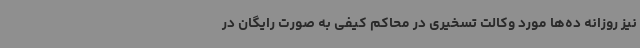
نیز روزانه ده‌ها مورد وکالت تسخیری در محاکم کیفی به صورت رایگان در